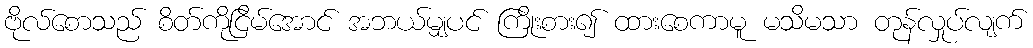
ဗိုလ်စောသည် စိတ်ကိုငြိမ်အောင် အဘယ်မျှပင် ကြိုးစား၍ ထားစေကာမူ မသိမသာ တုန်လှုပ်လျက်